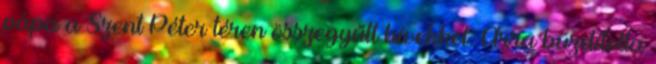
pápa a Szent Péter téren összegyűlt hívekkel. Arra buzdította